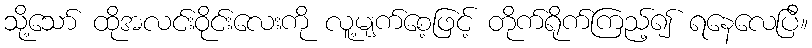
သို့သော် ထိုအလင်းဝိုင်းလေးကို လူ့မျက်စေ့ဖြင့် တိုက်ရိုက်ကြည့်၍ ရနေလေပြီ။